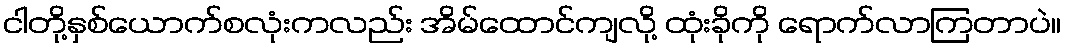
ငါတို့နှစ်ယောက်စလုံးကလည်း အိမ်ထောင်ကျလို့ ထုံးခိုကို ရောက်လာကြတာပဲ။